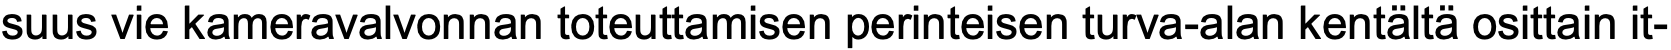
suus vie kameravalvonnan toteuttamisen perinteisen turva-alan kentältä osittain it-